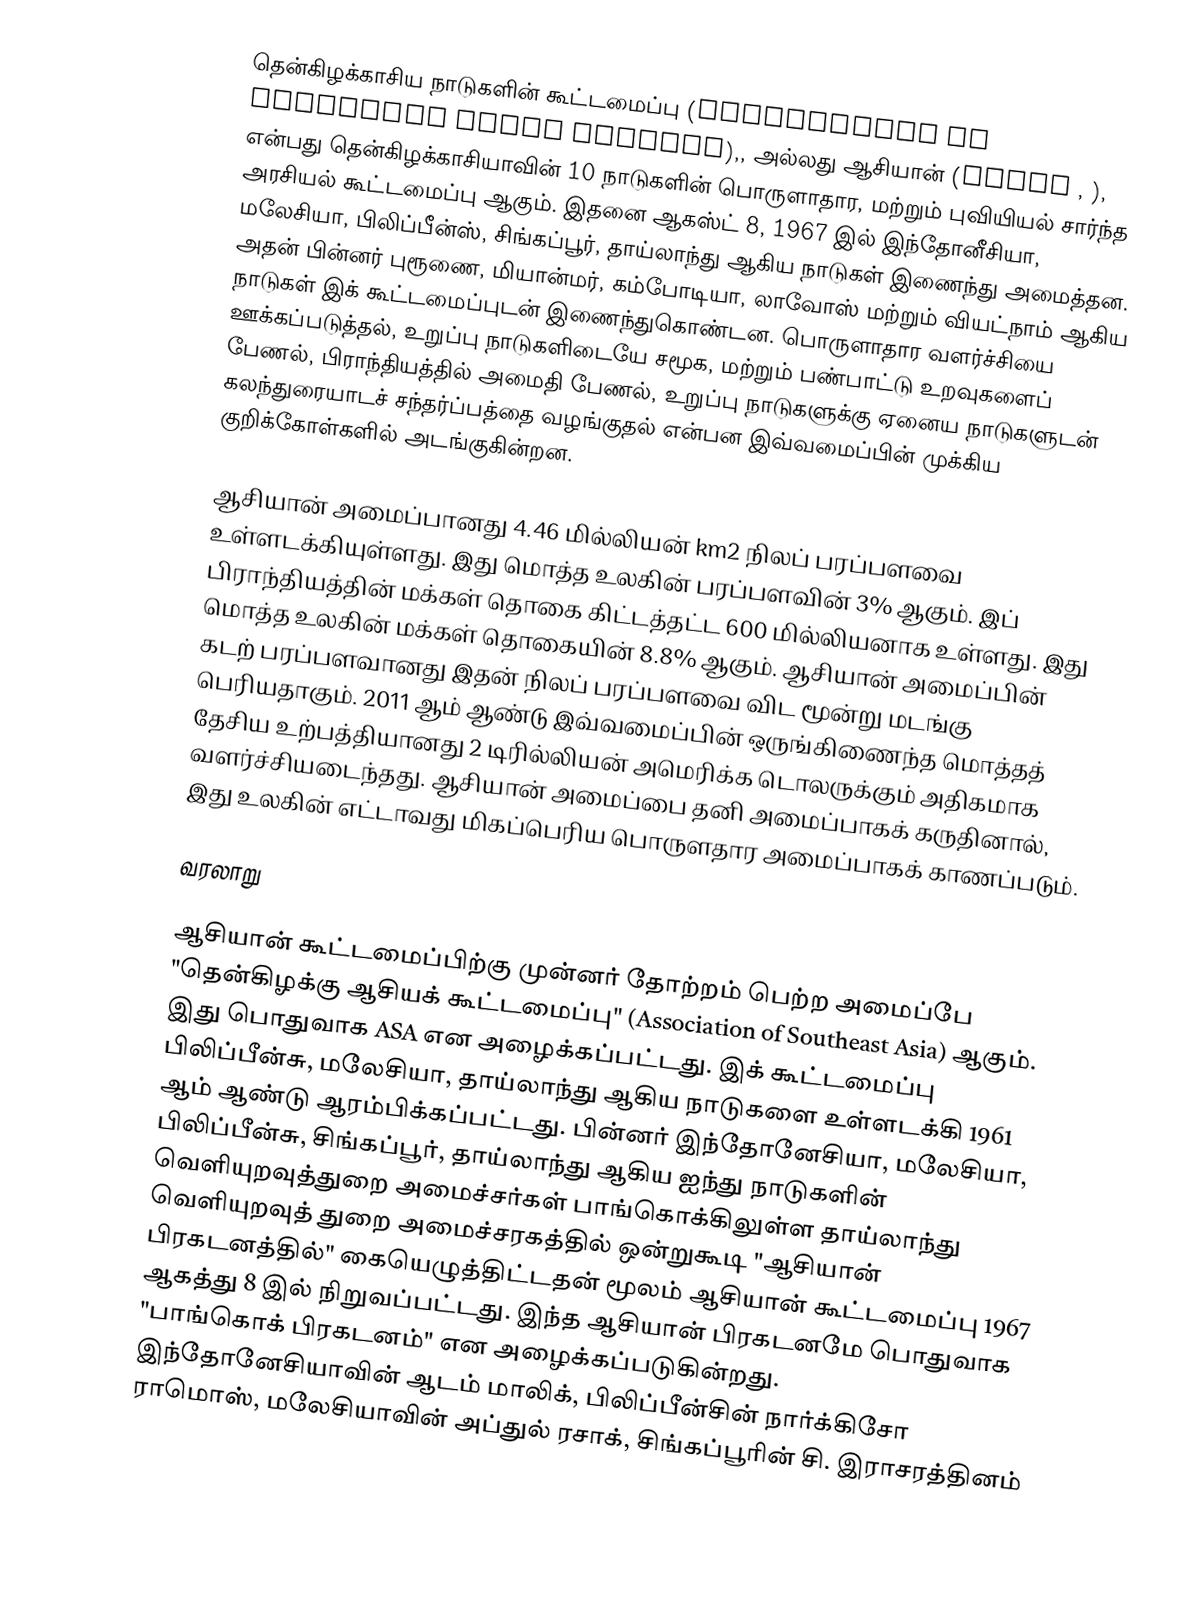
தென்கிழக்காசிய நாடுகளின் கூட்டமைப்பு (Association of Southeast Asian Nations),, அல்லது ஆசியான் (ASEAN  ,   ), என்பது தென்கிழக்காசியாவின் 10 நாடுகளின் பொருளாதார, மற்றும் புவியியல் சார்ந்த அரசியல் கூட்டமைப்பு ஆகும். இதனை ஆகஸ்ட் 8, 1967 இல் இந்தோனீசியா, மலேசியா, பிலிப்பீன்ஸ், சிங்கப்பூர், தாய்லாந்து ஆகிய நாடுகள் இணைந்து அமைத்தன. அதன் பின்னர் புரூணை, மியான்மர், கம்போடியா, லாவோஸ் மற்றும் வியட்நாம் ஆகிய நாடுகள் இக் கூட்டமைப்புடன் இணைந்துகொண்டன. பொருளாதார வளர்ச்சியை ஊக்கப்படுத்தல், உறுப்பு நாடுகளிடையே சமூக, மற்றும் பண்பாட்டு உறவுகளைப் பேணல், பிராந்தியத்தில் அமைதி பேணல், உறுப்பு நாடுகளுக்கு ஏனைய நாடுகளுடன் கலந்துரையாடச் சந்தர்ப்பத்தை வழங்குதல் என்பன இவ்வமைப்பின் முக்கிய குறிக்கோள்களில் அடங்குகின்றன.

ஆசியான் அமைப்பானது 4.46 மில்லியன் km2 நிலப் பரப்பளவை உள்ளடக்கியுள்ளது. இது மொத்த உலகின் பரப்பளவின் 3% ஆகும். இப் பிராந்தியத்தின் மக்கள் தொகை கிட்டத்தட்ட 600 மில்லியனாக உள்ளது. இது மொத்த உலகின் மக்கள் தொகையின் 8.8% ஆகும். ஆசியான் அமைப்பின் கடற் பரப்பளவானது இதன் நிலப் பரப்பளவை விட மூன்று மடங்கு பெரியதாகும். 2011 ஆம் ஆண்டு இவ்வமைப்பின் ஒருங்கிணைந்த மொத்தத் தேசிய உற்பத்தியானது 2 டிரில்லியன் அமெரிக்க டொலருக்கும் அதிகமாக வளர்ச்சியடைந்தது. ஆசியான் அமைப்பை தனி அமைப்பாகக் கருதினால், இது உலகின் எட்டாவது மிகப்பெரிய பொருளதார அமைப்பாகக் காணப்படும்.

வரலாறு

ஆசியான் கூட்டமைப்பிற்கு முன்னர் தோற்றம் பெற்ற அமைப்பே "தென்கிழக்கு ஆசியக் கூட்டமைப்பு" (Association of Southeast Asia) ஆகும். இது பொதுவாக ASA என அழைக்கப்பட்டது. இக் கூட்டமைப்பு பிலிப்பீன்சு, மலேசியா, தாய்லாந்து ஆகிய நாடுகளை உள்ளடக்கி 1961 ஆம் ஆண்டு ஆரம்பிக்கப்பட்டது. பின்னர் இந்தோனேசியா, மலேசியா, பிலிப்பீன்சு, சிங்கப்பூர், தாய்லாந்து ஆகிய ஐந்து நாடுகளின் வெளியுறவுத்துறை அமைச்சர்கள் பாங்கொக்கிலுள்ள தாய்லாந்து வெளியுறவுத் துறை அமைச்சரகத்தில் ஒன்றுகூடி "ஆசியான் பிரகடனத்தில்" கையெழுத்திட்டதன் மூலம் ஆசியான் கூட்டமைப்பு 1967 ஆகத்து 8 இல் நிறுவப்பட்டது. இந்த ஆசியான் பிரகடனமே பொதுவாக "பாங்கொக் பிரகடனம்" என அழைக்கப்படுகின்றது. இந்தோனேசியாவின் ஆடம் மாலிக், பிலிப்பீன்சின் நார்க்கிசோ ராமொஸ், மலேசியாவின் அப்துல் ரசாக், சிங்கப்பூரின் சி. இராசரத்தினம்